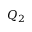
Q _ { 2 }